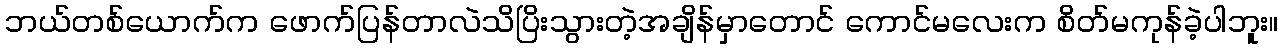
ဘယ်တစ်ယောက်က ဖောက်ပြန်တာလဲသိပြိးသွားတဲ့အချိန်မှာတောင် ကောင်မလေးက စိတ်မကုန်ခဲ့ပါဘူး။